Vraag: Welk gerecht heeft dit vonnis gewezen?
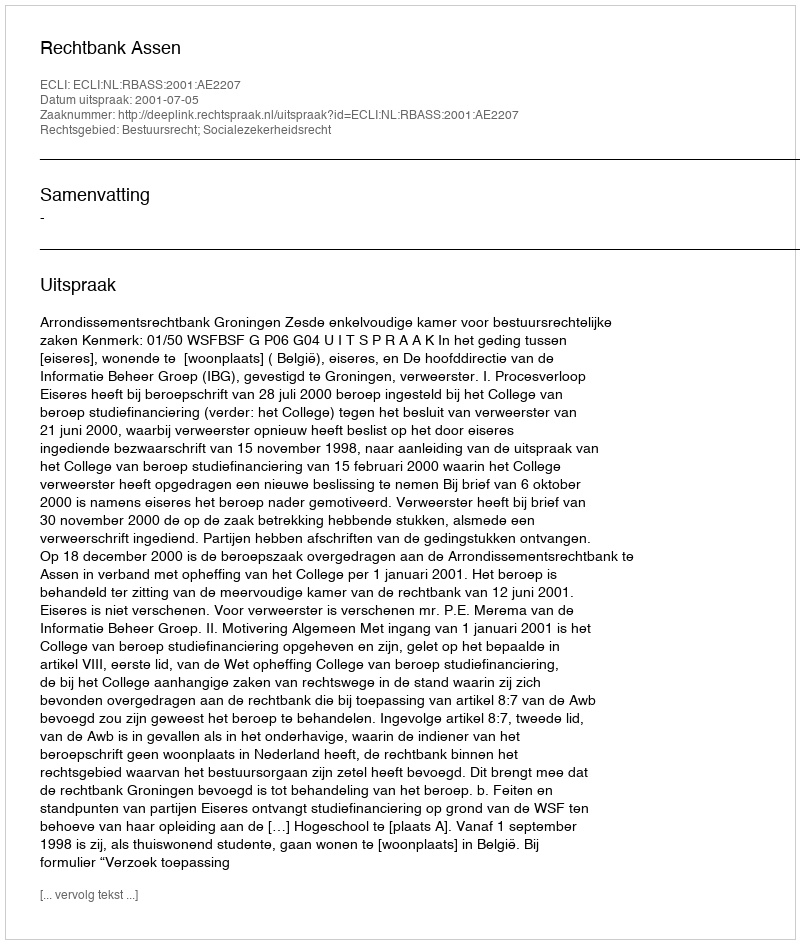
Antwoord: Rechtbank Assen